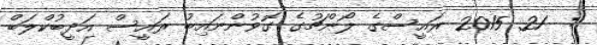
:  21